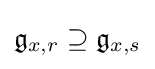
{\mathfrak {g}}_{x,r}\supseteq {\mathfrak {g}}_{x,s}